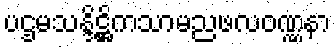
ပဌမသန္ဒိဋ္ဌိကသာမညဖလဝဏ္ဏနာ